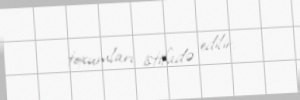
toxumları istifadə edilir.